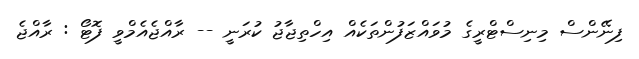
ފިނޭންސް މިނިސްޓްރީގެ މުވައްޒަފުންތަކެއް އިހްތިޖާޖު ކުރަނީ -- ރާއްޖެއެމްވީ ފޮޓޯ : ރާއްޖެ